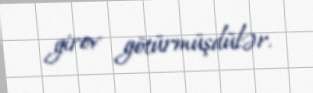
girov götürmüşdülər.